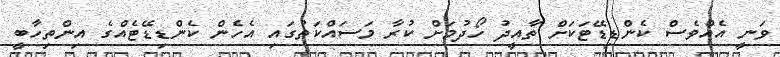
ވަނީ އެއްވެސް ކެންޑިޑޭޓަކަށް ތާއީދު ހޯދުމަށް ކުރާ މަސައްކަތުގައި އެހެން ކެންޑިޑޭޓެއްގެ އިންތިހާބީ